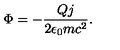
\Phi = - { \frac { Q j } { 2 \epsilon _ { 0 } m c ^ { 2 } } } .